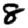
Digit: 8